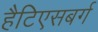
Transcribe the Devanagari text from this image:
हैटिएसबर्ग